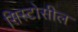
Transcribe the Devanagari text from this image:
सिस्टोसील